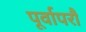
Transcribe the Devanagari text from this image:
पूर्वापरौ